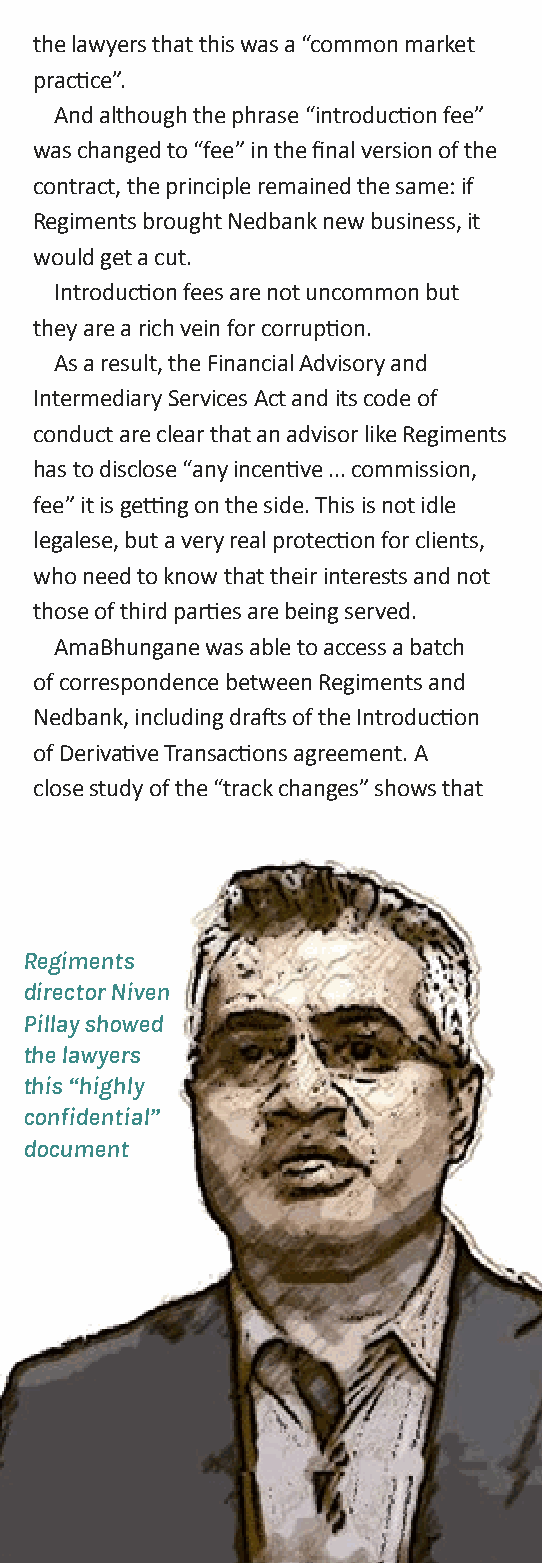
the lawyers that this was a “common market
 practice”.
 And although the phrase “introduction fee”
 was changed to “fee” in the final version of the
 contract, the principle remained the same: if
 Regiments brought Nedbank new business, it
 would get a cut.
 Introduction fees are not uncommon but
 they are a rich vein for corruption.
 As a result, the Financial Advisory and
 Intermediary Services Act and its code of
 conduct are clear that an advisor like Regiments
 has to disclose “any incentive ... commission,
 fee” it is getting on the side. This is not idle
 legalese, but a very real protection for clients,
 who need to know that their interests and not
 those of third parties are being served.
 AmaBhungane was able to access a batch
 of correspondence between Regiments and
 Nedbank, including drafts of the Introduction
 of Derivative Transactions agreement. A
 close study of the “track changes” shows that
 Regiments
 director Niven
 Pillay showed
 the lawyers
 this “highly
 confidential”
 document